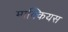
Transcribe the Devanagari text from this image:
माक्कियस